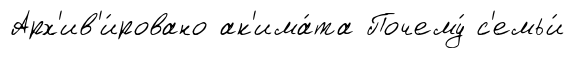
Арх'ив'и́ровано ак'има́та Почему́ с'емьи́